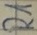
Text: R1